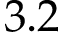
3 . 2